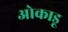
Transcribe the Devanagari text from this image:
ओकाडू